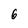
Character: 6